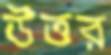
উত্তর